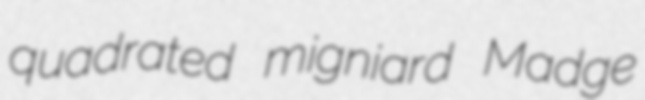
quadrated migniard Madge